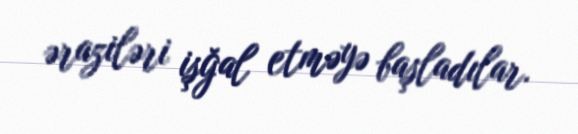
əraziləri işğal etməyə başladılar.